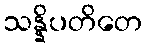
သန္နိပတိတေ